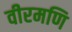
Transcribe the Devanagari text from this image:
वीरमणि